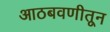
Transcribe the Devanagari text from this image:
आठबवणीतून